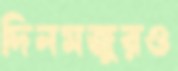
দিনমজুরও